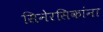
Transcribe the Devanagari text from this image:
सिनेरसिकांना